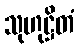
သုဟုဋ္ဌိတံ